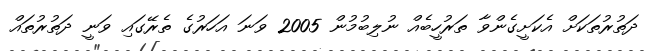
ދަތުރުތަކަށް އެކަށީގެންވާ ތަރުހީބެއް ނުލިބުމުން 2005 ވަނަ އަހަރުގެ ތެރޭގައި ވަނީ ދަތުރުތައް